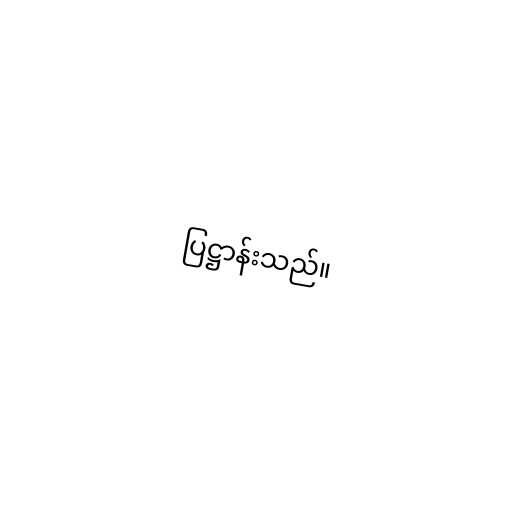
ပြဋ္ဌာန်းသည်။